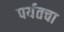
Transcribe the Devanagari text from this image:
पर्यतचा